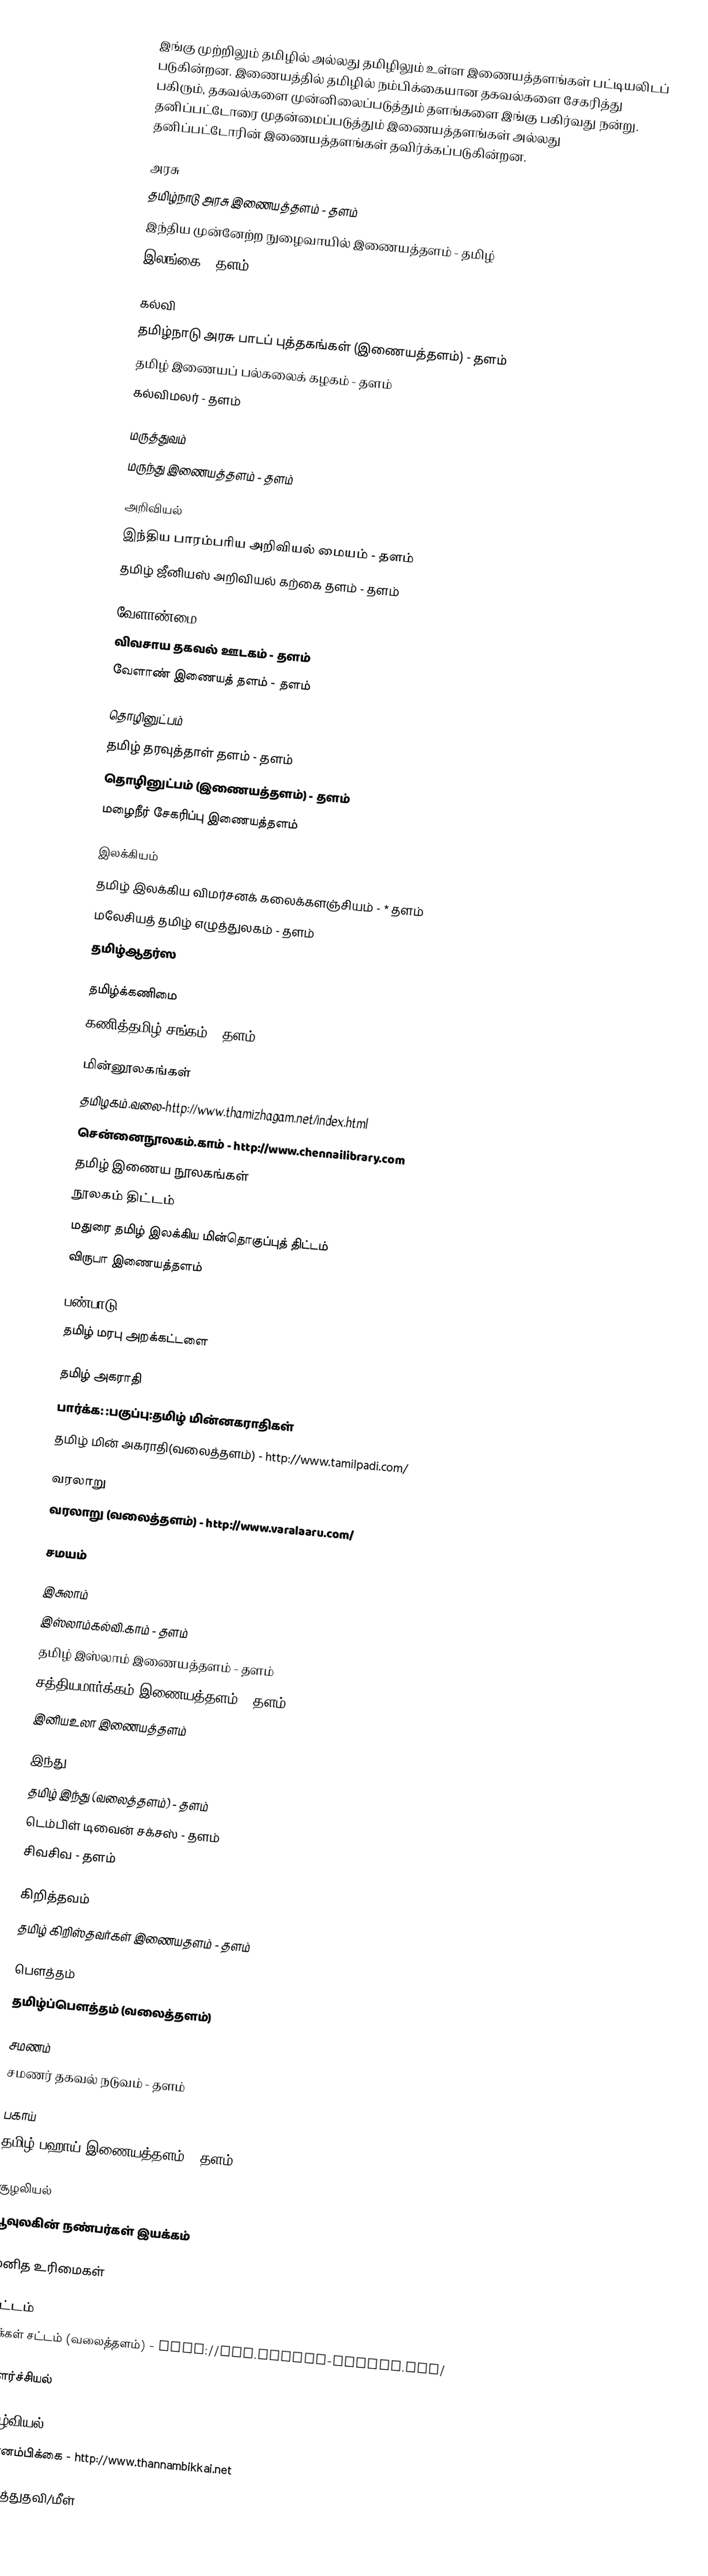
இங்கு முற்றிலும் தமிழில் அல்லது தமிழிலும் உள்ள இணையத்தளங்கள் பட்டியலிடப் படுகின்றன.  இணையத்தில் தமிழில் நம்பிக்கையான தகவல்களை சேகரித்து பகிரும், தகவல்களை முன்னிலைப்படுத்தும் தளங்களை இங்கு பகிர்வது நன்று. தனிப்பட்டோரை முதன்மைப்படுத்தும் இணையத்தளங்கள் அல்லது தனிப்பட்டோரின் இணையத்தளங்கள் தவிர்க்கப்படுகின்றன.

அரசு
 தமிழ்நாடு அரசு இணையத்தளம் - தளம்
 இந்திய முன்னேற்ற நுழைவாயில் இணையத்தளம் - தமிழ்
 இலங்கை - தளம்

கல்வி
 தமிழ்நாடு அரசு பாடப் புத்தகங்கள் (இணையத்தளம்) - தளம்
 தமிழ் இணையப் பல்கலைக் கழகம் - தளம்
 கல்விமலர் - தளம்

மருத்துவம்
 மருந்து இணையத்தளம் - தளம்

அறிவியல்
 இந்திய பாரம்பரிய அறிவியல் மையம் - தளம்
 தமிழ் ஜீனியஸ் அறிவியல் கற்கை தளம் - தளம்

வேளாண்மை
 விவசாய தகவல் ஊடகம் - தளம்
 வேளாண் இணையத் தளம் - தளம்

தொழினுட்பம்
 தமிழ் தரவுத்தாள் தளம் - தளம்
 தொழினுட்பம் (இணையத்தளம்) - தளம்
 மழைநீர் சேகரிப்பு இணையத்தளம்

இலக்கியம்
 தமிழ் இலக்கிய விமர்சனக் கலைக்களஞ்சியம் - * தளம்
 மலேசியத் தமிழ் எழுத்துலகம் - தளம்
 தமிழ்ஆதர்ஸ

தமிழ்க்கணிமை
 கணித்தமிழ் சங்கம் -  தளம்

மின்னூலகங்கள்
 தமிழகம்.வலை-http://www.thamizhagam.net/index.html
 சென்னைநூலகம்.காம் - http://www.chennailibrary.com
 தமிழ் இணைய நூலகங்கள்
 நூலகம் திட்டம்
 மதுரை தமிழ் இலக்கிய மின்தொகுப்புத் திட்டம்
 விருபா இணையத்தளம்

பண்பாடு
 தமிழ் மரபு அறக்கட்டளை

தமிழ் அகராதி
பார்க்க: :பகுப்பு:தமிழ் மின்னகராதிகள்
 தமிழ் மின் அகராதி(வலைத்தளம்) - http://www.tamilpadi.com/

வரலாறு
 வரலாறு (வலைத்தளம்) - http://www.varalaaru.com/

சமயம்

இசுலாம்
 இஸ்லாம்கல்வி.காம் - தளம்
 தமிழ் இஸ்லாம் இணையத்தளம் - தளம்
 சத்தியமார்க்கம் இணையத்தளம் - தளம்
 இனியஉலா இணையத்தளம்

இந்து
 தமிழ் இந்து (வலைத்தளம்) - தளம்
 டெம்பிள் டிவைன் சக்சஸ் - தளம்
 சிவசிவ - தளம்

கிறித்தவம்
 தமிழ் கிறிஸ்தவர்கள் இணையதளம் - தளம்

பௌத்தம்
 தமிழ்ப்பெளத்தம் (வலைத்தளம்)

சமணம்
 சமணர் தகவல் நடுவம் - தளம்

பகாய்
தமிழ் பஹாய் இணையத்தளம் - தளம்

சூழலியல்
 பூவுலகின் நண்பர்கள் இயக்கம்

மனித உரிமைகள்

சட்டம்
 மக்கள் சட்டம் (வலைத்தளம்) - http://www.makkal-sattam.org/

வளர்ச்சியல்

வாழ்வியல்
 தன்னம்பிக்கை - http://www.thannambikkai.net

ஆபத்துதவி/மீள்